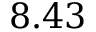
8 . 4 3